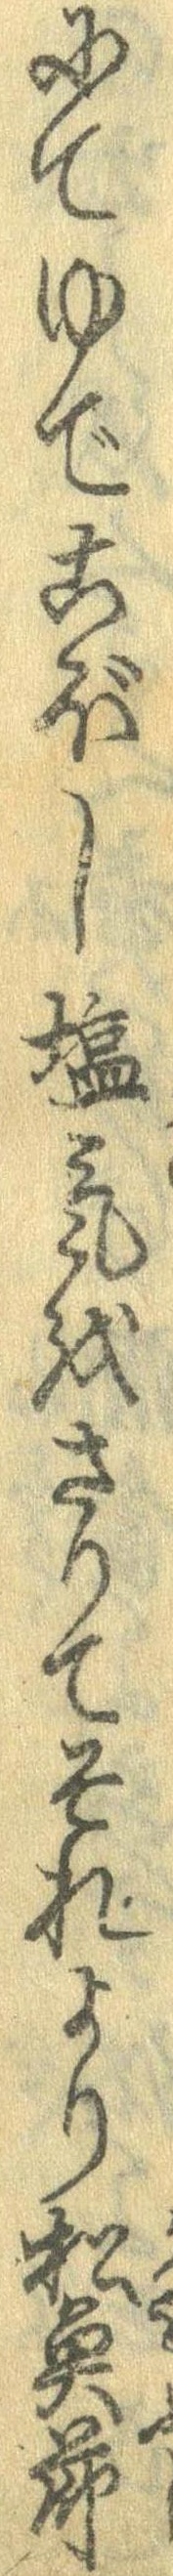
にてゆでこぼし塩気をさりてそれより松魚節